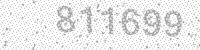
Solution: 811699